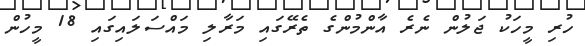
ހުރި މީހަކު ޖަލުން ނެރެ އާންމުންގެ ތެރޭގައި މަރާލި މައްސަލައިގައި 18 މީހުން